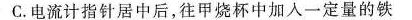
C.电流计指针居中后，往甲烧杯中加入一定量的铁